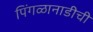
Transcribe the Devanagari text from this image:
पिंगळानाडीची